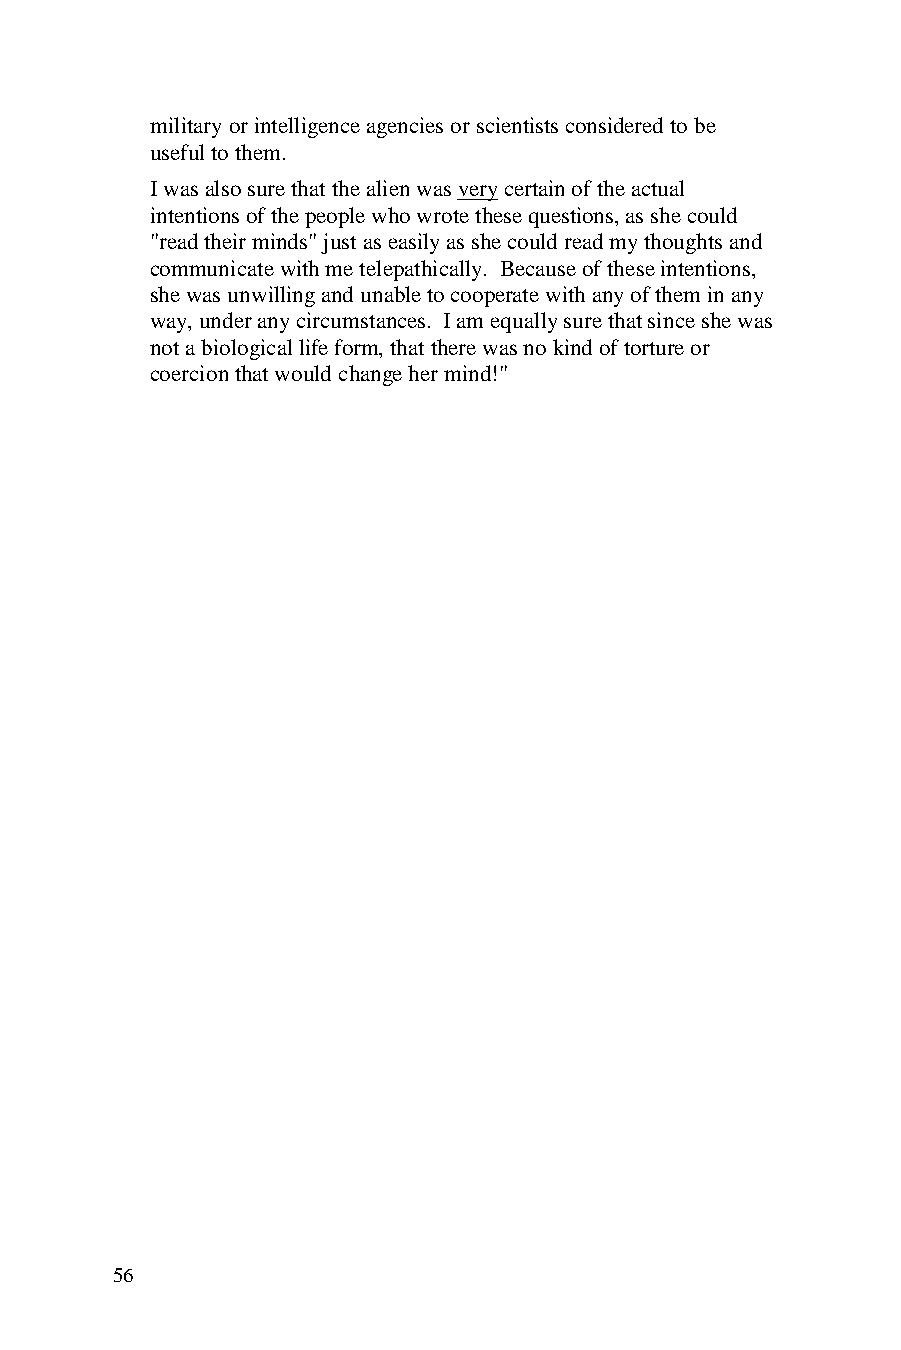
military or intelligence agencies or scientists considered to be
 useful to them.
 I was also sure that the alien was very certain of the actual
 intentions of the people who wrote these questions, as she could
 "read their minds" just as easily as she could read my thoughts and
 communicate with me telepathically. Because of these intentions,
 she was unwilling and unable to cooperate with any of them in any
 way, under any circumstances. I am equally sure that since she was
 not a biological life form, that there was no kind of torture or
 coercion that would change her mind!"
 56